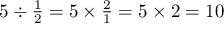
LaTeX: \textstyle { 5 \div { \frac { 1 } { 2 } } = 5 \times { \frac { 2 } { 1 } } = 5 \times 2 = 1 0 }